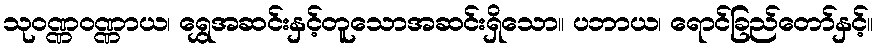
သုဝဏ္ဏဝဏ္ဏာယ၊ ရွှေအဆင်းနှင့်တူသောအဆင်းရှိသော။ ပဘာယ၊ ရောင်ခြည်တော်နှင့်။